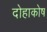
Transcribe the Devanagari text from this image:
दोहाकोष